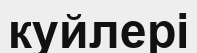
куйлері